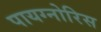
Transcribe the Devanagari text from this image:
पायग्नोरिस